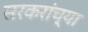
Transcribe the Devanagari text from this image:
सरकरांच्या